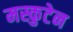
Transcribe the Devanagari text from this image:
मस्कुटेन